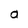
Character: a